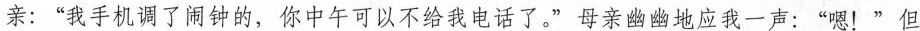
亲：”我手机调了闹钟的，你中午可以不给我电话了。”母亲幽幽地应我一声：”嗯！”但